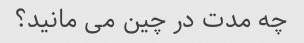
چه مدت در چین می مانید؟